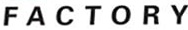
F a c t o r y